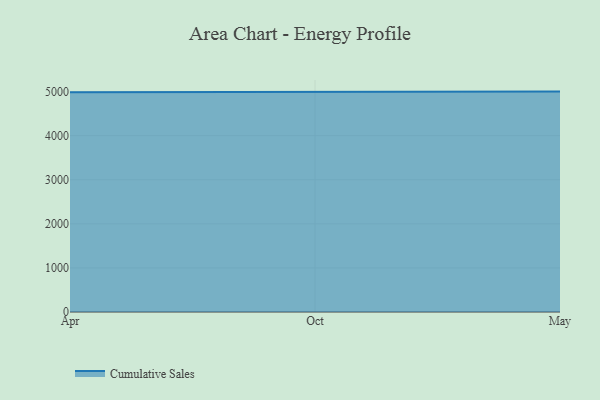
{"axis": {"x": "Month", "y": "Backlog"}, "legend": ["Cumulative Sales"], "data": [{"x": "Apr", "y": 4982.9, "type": "Cumulative Sales"}, {"x": "Oct", "y": 5000, "type": "Cumulative Sales"}, {"x": "May", "y": 5000, "type": "Cumulative Sales"}]}